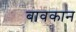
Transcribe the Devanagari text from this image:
बावकान